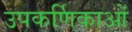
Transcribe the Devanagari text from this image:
उपकर्णिकाओं